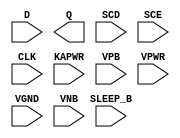
module sky130_fd_sc_lp__srsdfxtp (
    //# {{data|Data Signals}}
    input  D      ,
    output Q      ,

    //# {{scanchain|Scan Chain}}
    input  SCD    ,
    input  SCE    ,

    //# {{clocks|Clocking}}
    input  CLK    ,

    //# {{power|Power}}
    input  SLEEP_B,
    input  KAPWR  ,
    input  VPB    ,
    input  VPWR   ,
    input  VGND   ,
    input  VNB
);
endmodule